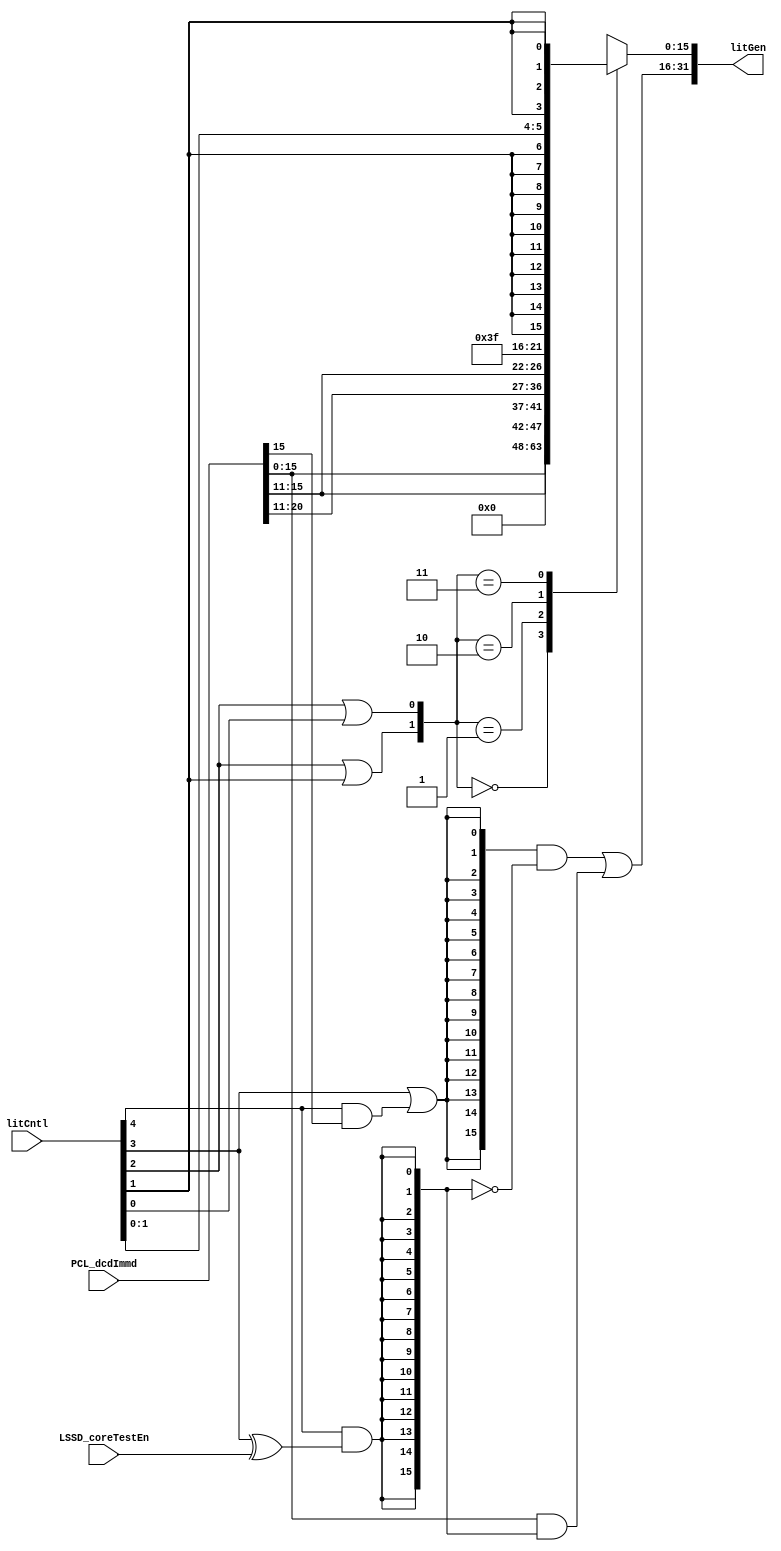
// 
// ************************************************************************** 
// 
//  Copyright (c) International Business Machines Corporation, 2005. 
// 
//  This file contains trade secrets and other proprietary and confidential 
//  information of International Business Machines Corporation which are 
//  protected by copyright and other intellectual property rights and shall 
//  not be reproduced, transferred to other documents, disclosed to others, 
//  or used for any purpose except as specifically authorized in writing by 
//  International Business Machines Corporation. This notice must be 
//  contained as part of this text at all times. 
// 
// ************************************************************************** 
//
module p405s_literalGen (litGen, PCL_dcdImmd, litCntl, LSSD_coreTestEn);
    output [0:31] litGen;
    input [11:31] PCL_dcdImmd;
    input [0:4] litCntl;
    input       LSSD_coreTestEn;

//******************
//  litGen<0:15>   *
//******************
//  litCntl[0:1] litHiMuxSel   Output               Comments
//------------------------------------------------------------
//       00           0        16'h0000             Zeroes
//       01           0        16'hffff             Ones
//       10           0        16*PCL_dcdImmd[16]   Sign Extend
//       11           1        PCL_dcdImmd[16:31]   Immediate Field

wire zos, litHiMuxSel;
assign zos =  litCntl[1] | (litCntl[0] & PCL_dcdImmd[16]);

// defect 2302 - tbird - added LSSD_coreTestEn to increase test coverage
assign litHiMuxSel = litCntl[0] & (litCntl[1] ^ LSSD_coreTestEn);

//dp_muxEXE_litHi  muxEXE_litHi( .Z(litGen[0:15]),
//                               .D0({16{zos}}),
//                               .D1(PCL_dcdImmd[16:31]),
//                               .SD({16{litHiMuxSel}}));
// Removed the module 'dp_muxEXE_litHi'
assign litGen[0:15] = ({16{zos}} & ~({16{litHiMuxSel}})) | (PCL_dcdImmd[16:31] & {16{litHiMuxSel}});

//******************
//  litGen<16:31>  *
//******************
//  litCntl[2:4] litLoMuxSel[0:1]  Output                            Comments
//---------------------------------------------------------------------------------------
//      000           00           PCL_dcdImmd[16:31]                Immediate Field
//      001           01           <*6>gnd!,PCL_dcdImmd[16:20,11:15] spr/dcr Addr
//      010           10           <*2>PCL_dcdImmd[16:20],<*6>vdd!   smr
//      011           11           16'hffff                          Ones
//      100           11           16'h0000                          Zeroes
//      101           11           16'h0010                          mtfmsr
//      110           11           16'hffef                          (not used)
//      111           11           16'hffff                          (not used)

wire [0:1] litLoMuxSel;

assign litLoMuxSel[0] = litCntl[2] | litCntl[3];
assign litLoMuxSel[1] = litCntl[2] | litCntl[4];

//dp_muxEXE_litLo  muxEXE_litLo( .Z(litGen[16:31]),
//                               .D0(PCL_dcdImmd[16:31]),
//                               .D1({6'b000000,PCL_dcdImmd[16:20],PCL_dcdImmd[11:15]}),
//                               .D2({{2{PCL_dcdImmd[16:20]}},6'b111111}),
//                               .D3({{11{litCntl[3]}},litCntl[4],{4{litCntl[3]}}}),
//                               .SD0({16{litLoMuxSel[0]}}),
//                               .SD1({16{litLoMuxSel[1]}}));
// Removed the module 'dp_muxEXE_litLo'
reg [16:31] muxEXE_litLo_muxout;
assign litGen[16:31] = muxEXE_litLo_muxout[16:31];
always @(litLoMuxSel or PCL_dcdImmd or PCL_dcdImmd or PCL_dcdImmd or litCntl)  
    begin                                           
    case({litLoMuxSel[0],litLoMuxSel[1]})
     2'b00: muxEXE_litLo_muxout[16:31] = PCL_dcdImmd[16:31];
     2'b01: muxEXE_litLo_muxout[16:31] = {6'b000000,PCL_dcdImmd[16:20],PCL_dcdImmd[11:15]};    
     2'b10: muxEXE_litLo_muxout[16:31] = {{2{PCL_dcdImmd[16:20]}},6'b111111};    
     2'b11: muxEXE_litLo_muxout[16:31] = {{11{litCntl[3]}},litCntl[4],{4{litCntl[3]}}};    
      default: muxEXE_litLo_muxout[16:31] = 16'bx;        
    endcase                                    
   end 

endmodule